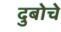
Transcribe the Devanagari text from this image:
दुबोचे